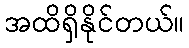
အထိရှိနိုင်တယ်။